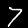
Digit: 7